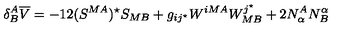
\delta _ { B } ^ { A } { \overline { V } } = - 1 2 ( S ^ { M A } ) ^ { \star } S _ { M B } + g _ { i j ^ { \star } } W ^ { i M A } W _ { M B } ^ { j ^ { \star } } + 2 N _ { \alpha } ^ { A } N _ { B } ^ { \alpha }